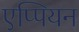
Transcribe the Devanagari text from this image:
एप्पियन